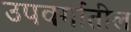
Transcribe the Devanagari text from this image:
उपवर्गातील